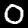
Label: 0